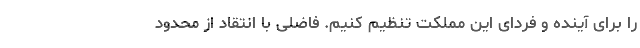
را برای آینده و فردای این مملکت تنظیم کنیم. فاضلی با انتقاد از محدود